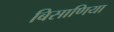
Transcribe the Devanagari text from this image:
बिसाणिया